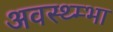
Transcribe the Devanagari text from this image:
अवस्थ्म्भा